Laidoner,_Johan, lk 124
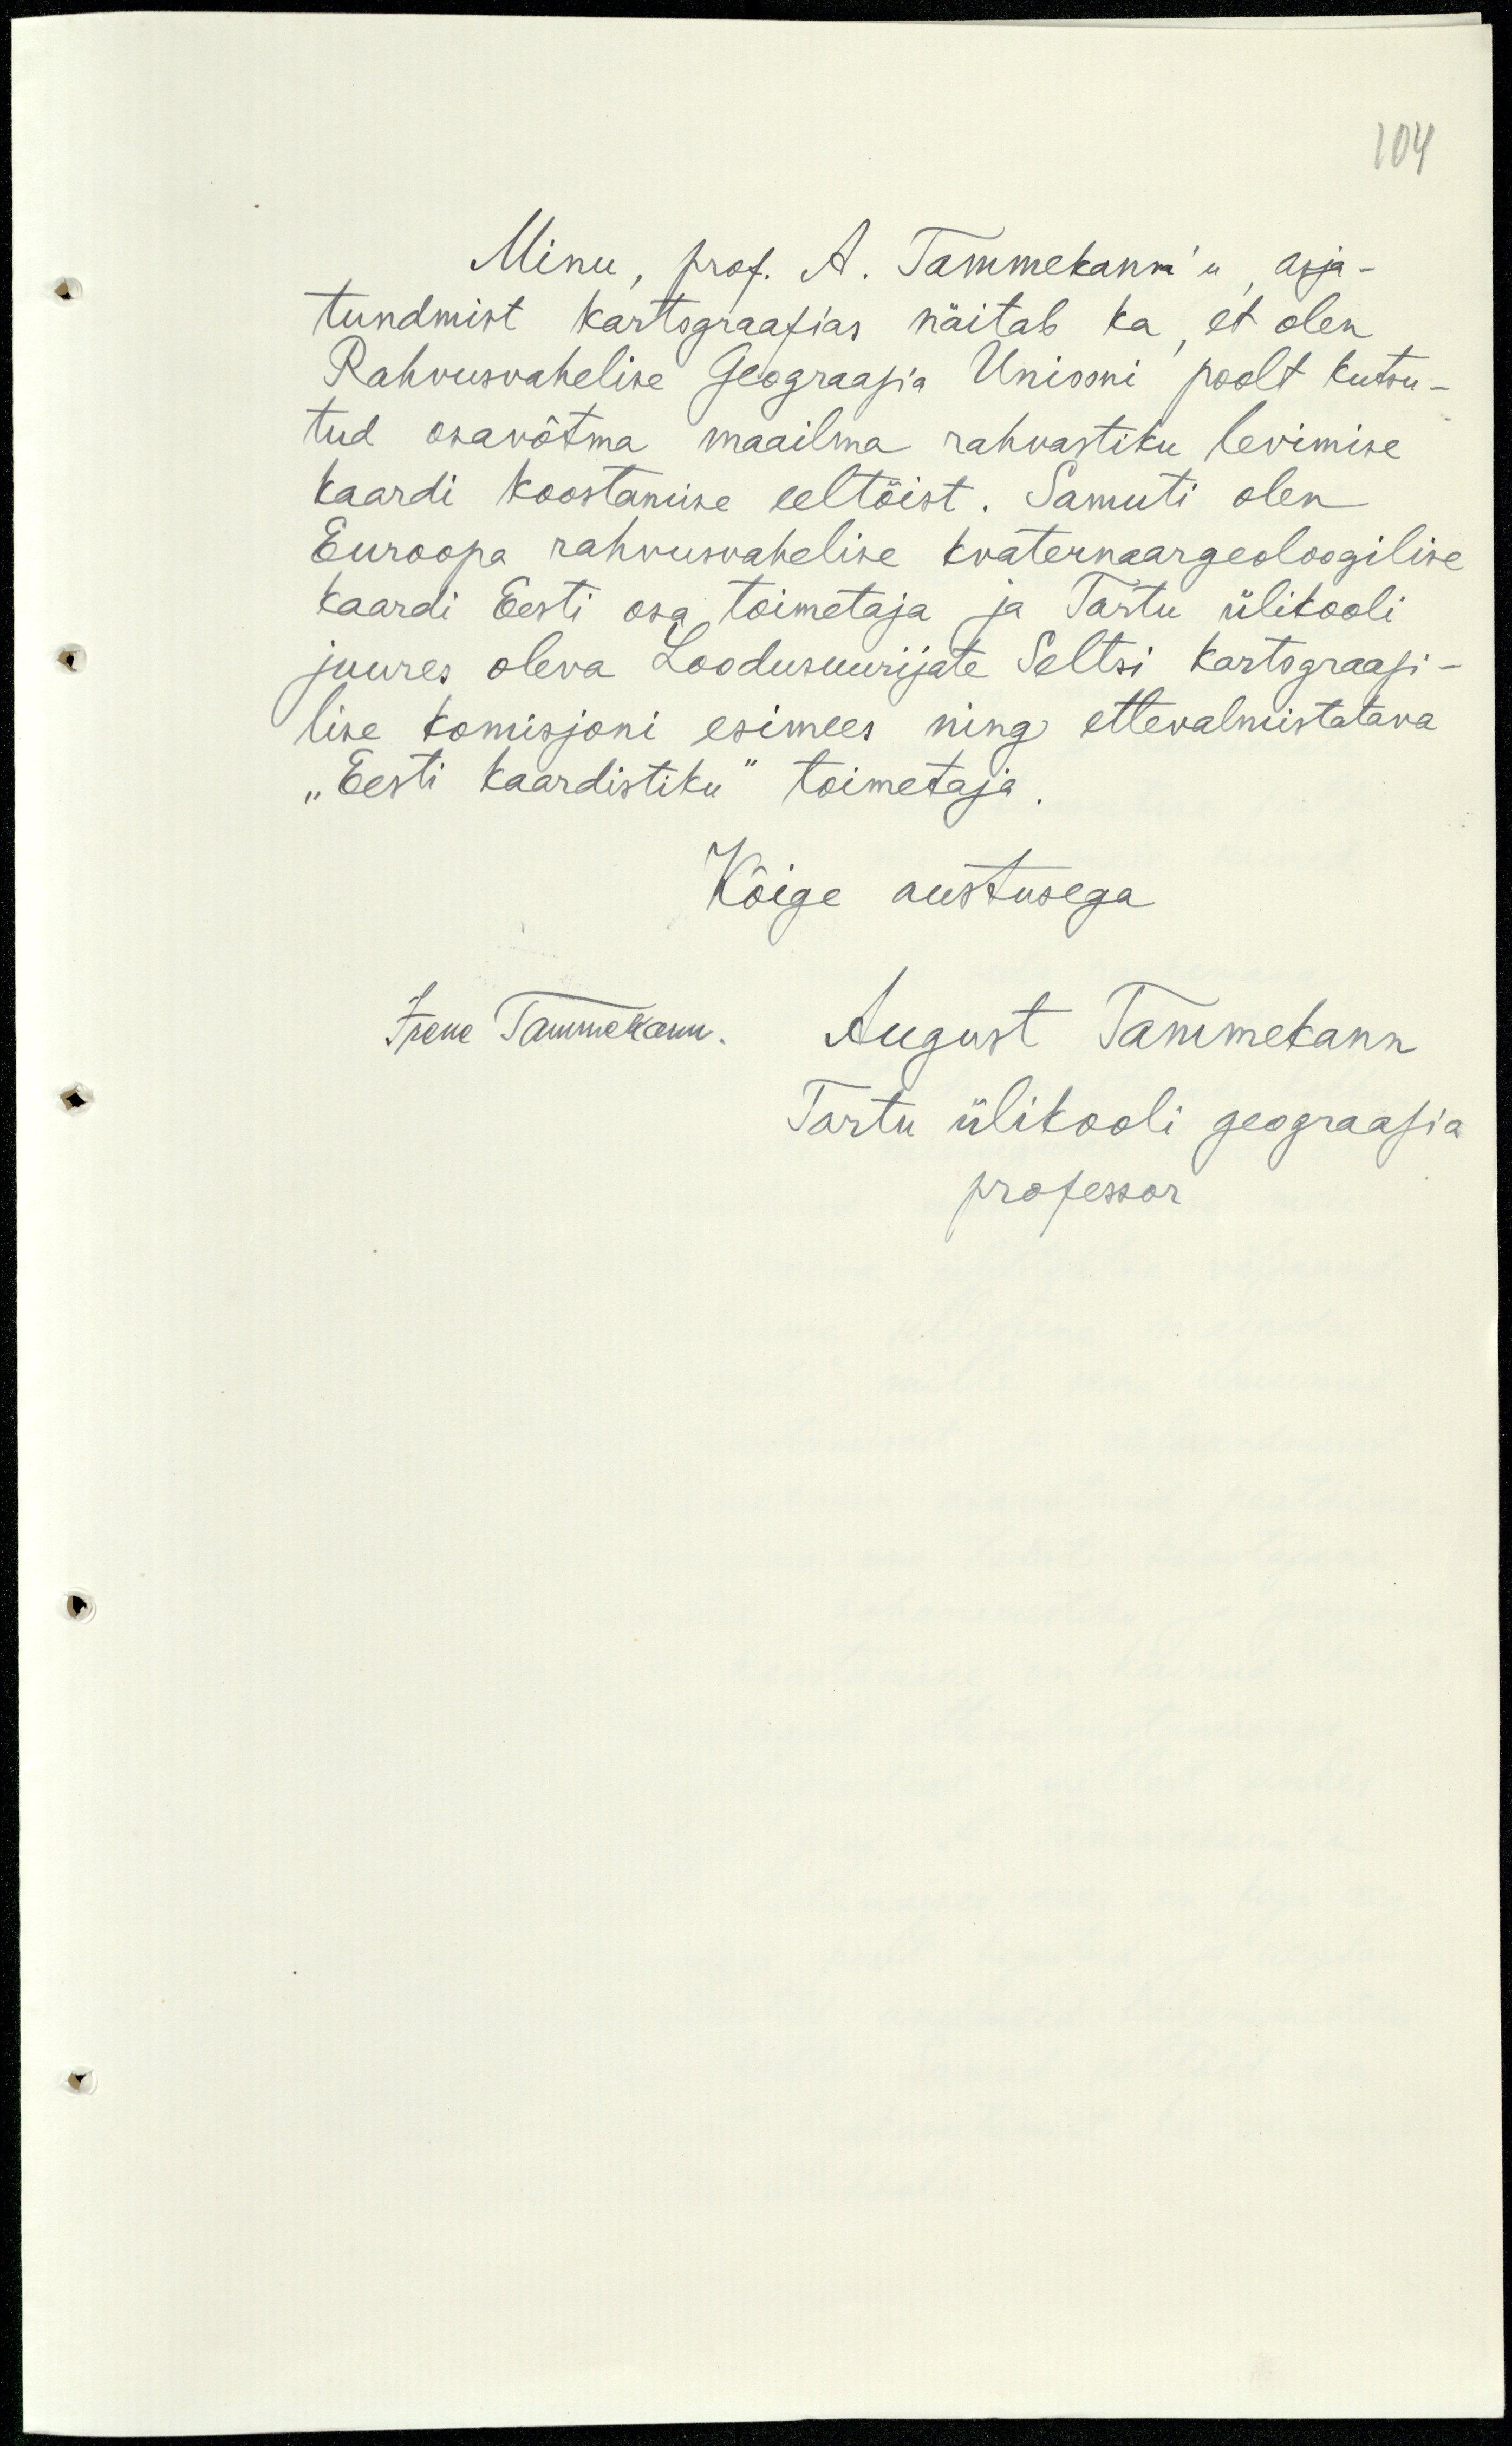
104
Minu, prof. A. Tammekann`u, asja-
tundmist kartograafias näitab ka, et olen
Rahvusvahelise Geograafia Uniooni poolt kutsu-
tud osavõtma maailma rahvastiku levimise
kaardi koostamine eeltöist. Samuti olen
Euroopa rahvusvahelise kvaternaargeoloogilise
kaardi Eesti osa toimetaja ja Tartu ülikooli
juures oleva Loodusuurijate Seltsi kartograafi-
lise komisjoni esimees ning ettevalmistatava
"Eesti kaardistiku" toimetaja
Kõige austusega
Irene Tammekann.
August Tammekann
Tartu ülikooli geograafia
professor